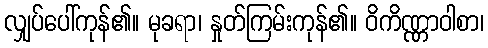
လျှပ်ပေါ်ကုန်၏။ မုခရာ၊ နှုတ်ကြမ်းကုန်၏။ ဝိကိဏ္ဏာဝါစာ၊